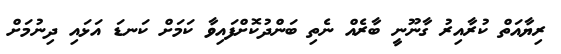
ރިޔާއަތް ކުރާއިރު ގާނޫނީ ބާރެއް ނެތި ބަންދުކޮށްފައިވާ ކަމަށް ކަނޑަ އަޅައި ދިނުމަށް